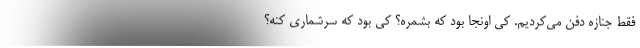
فقط جنازه دفن مي‌كرديم. كي اونجا بود كه بشمره؟ كي بود كه سرشماري كنه؟